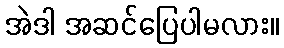
အဲဒါ အဆင်ပြေပါမလား။